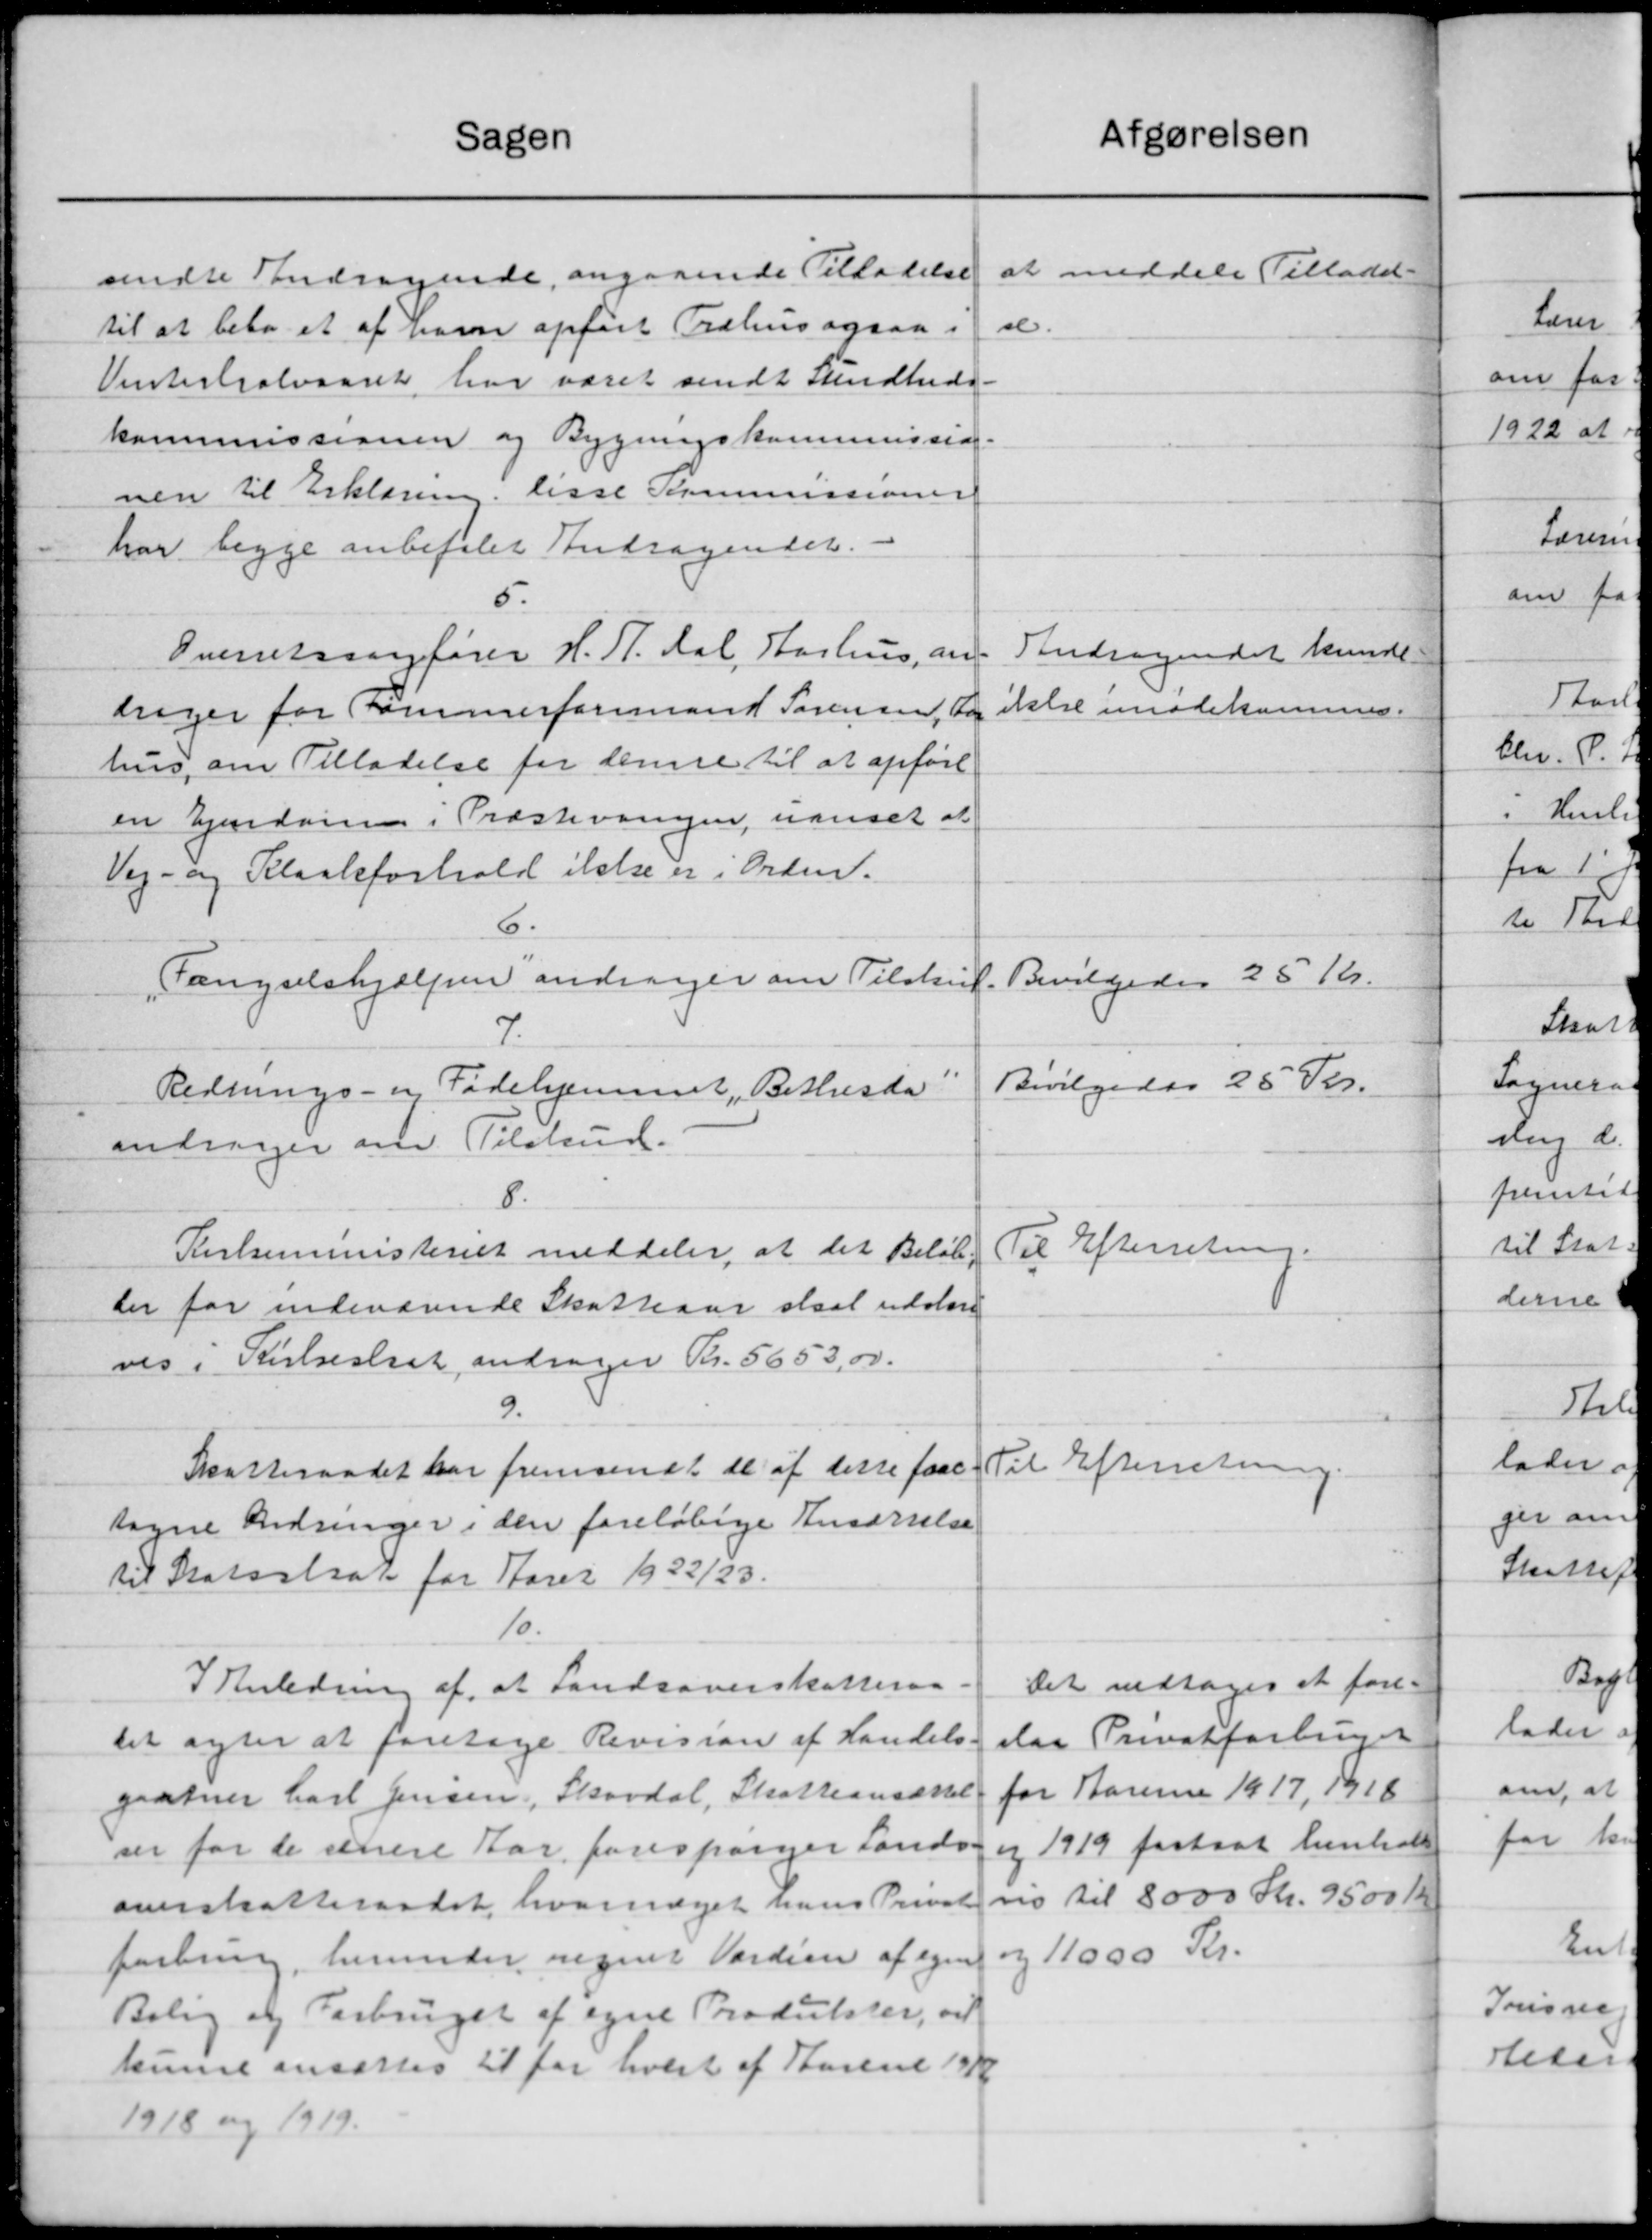
Transskription:
Sagen
sendte Andragende, angaaende Tilladelse
til at bebo et af have opført Trahus ogsaa
Vinterhalvaaret har været sendt Sundheds-
kommissionen og Bygningskommission
nen til Erklæring. lisse Kommisioner
har begge anbefalet Andragendet.
5.
Overretssagfører H. T. Dal, Aarhus, an
drager for Sommerformand Sørensen, Aa
hus, om Tilladelse for denne til at opført
en Ejendom i Præstevarigen, navset at
Vej- og Kloakforhold ikke er i Orden.
6.
Fængselshjælpen andrager om Tilskud.
7.
Rednings- og Fødehjemmet, Bethusda
andrager om Tilskud.
8.
Kirkeministeriet meddeler, at det Beløb.
der for indeværende Skatteaar skal udstore
vis i Kirkeskat andrager Kr. 5653,00.
9.
Skatteraadet har fremsendt de af disse faae
tagne Ændringer i den foreløbige Ansørrelse
til Statsstrat for Aaret 1922/23.
10.
I Anledning af, at Landsoverskatteraa
tet agter at foretage Revision af Handels
Gaatner Carl Jensen, Skovdal, Skatteansættel
ser for de senere Aar forespørger Lands
overskatteraadet, hvornoget hans Privat
forbring, herunder negnet Værdien af egen
Bolig og Forbrugst af egne Produkter, og
kunne ansættes til for hvert af Karene 1912
1918 og 1919.